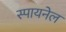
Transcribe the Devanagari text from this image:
स्पायनेल